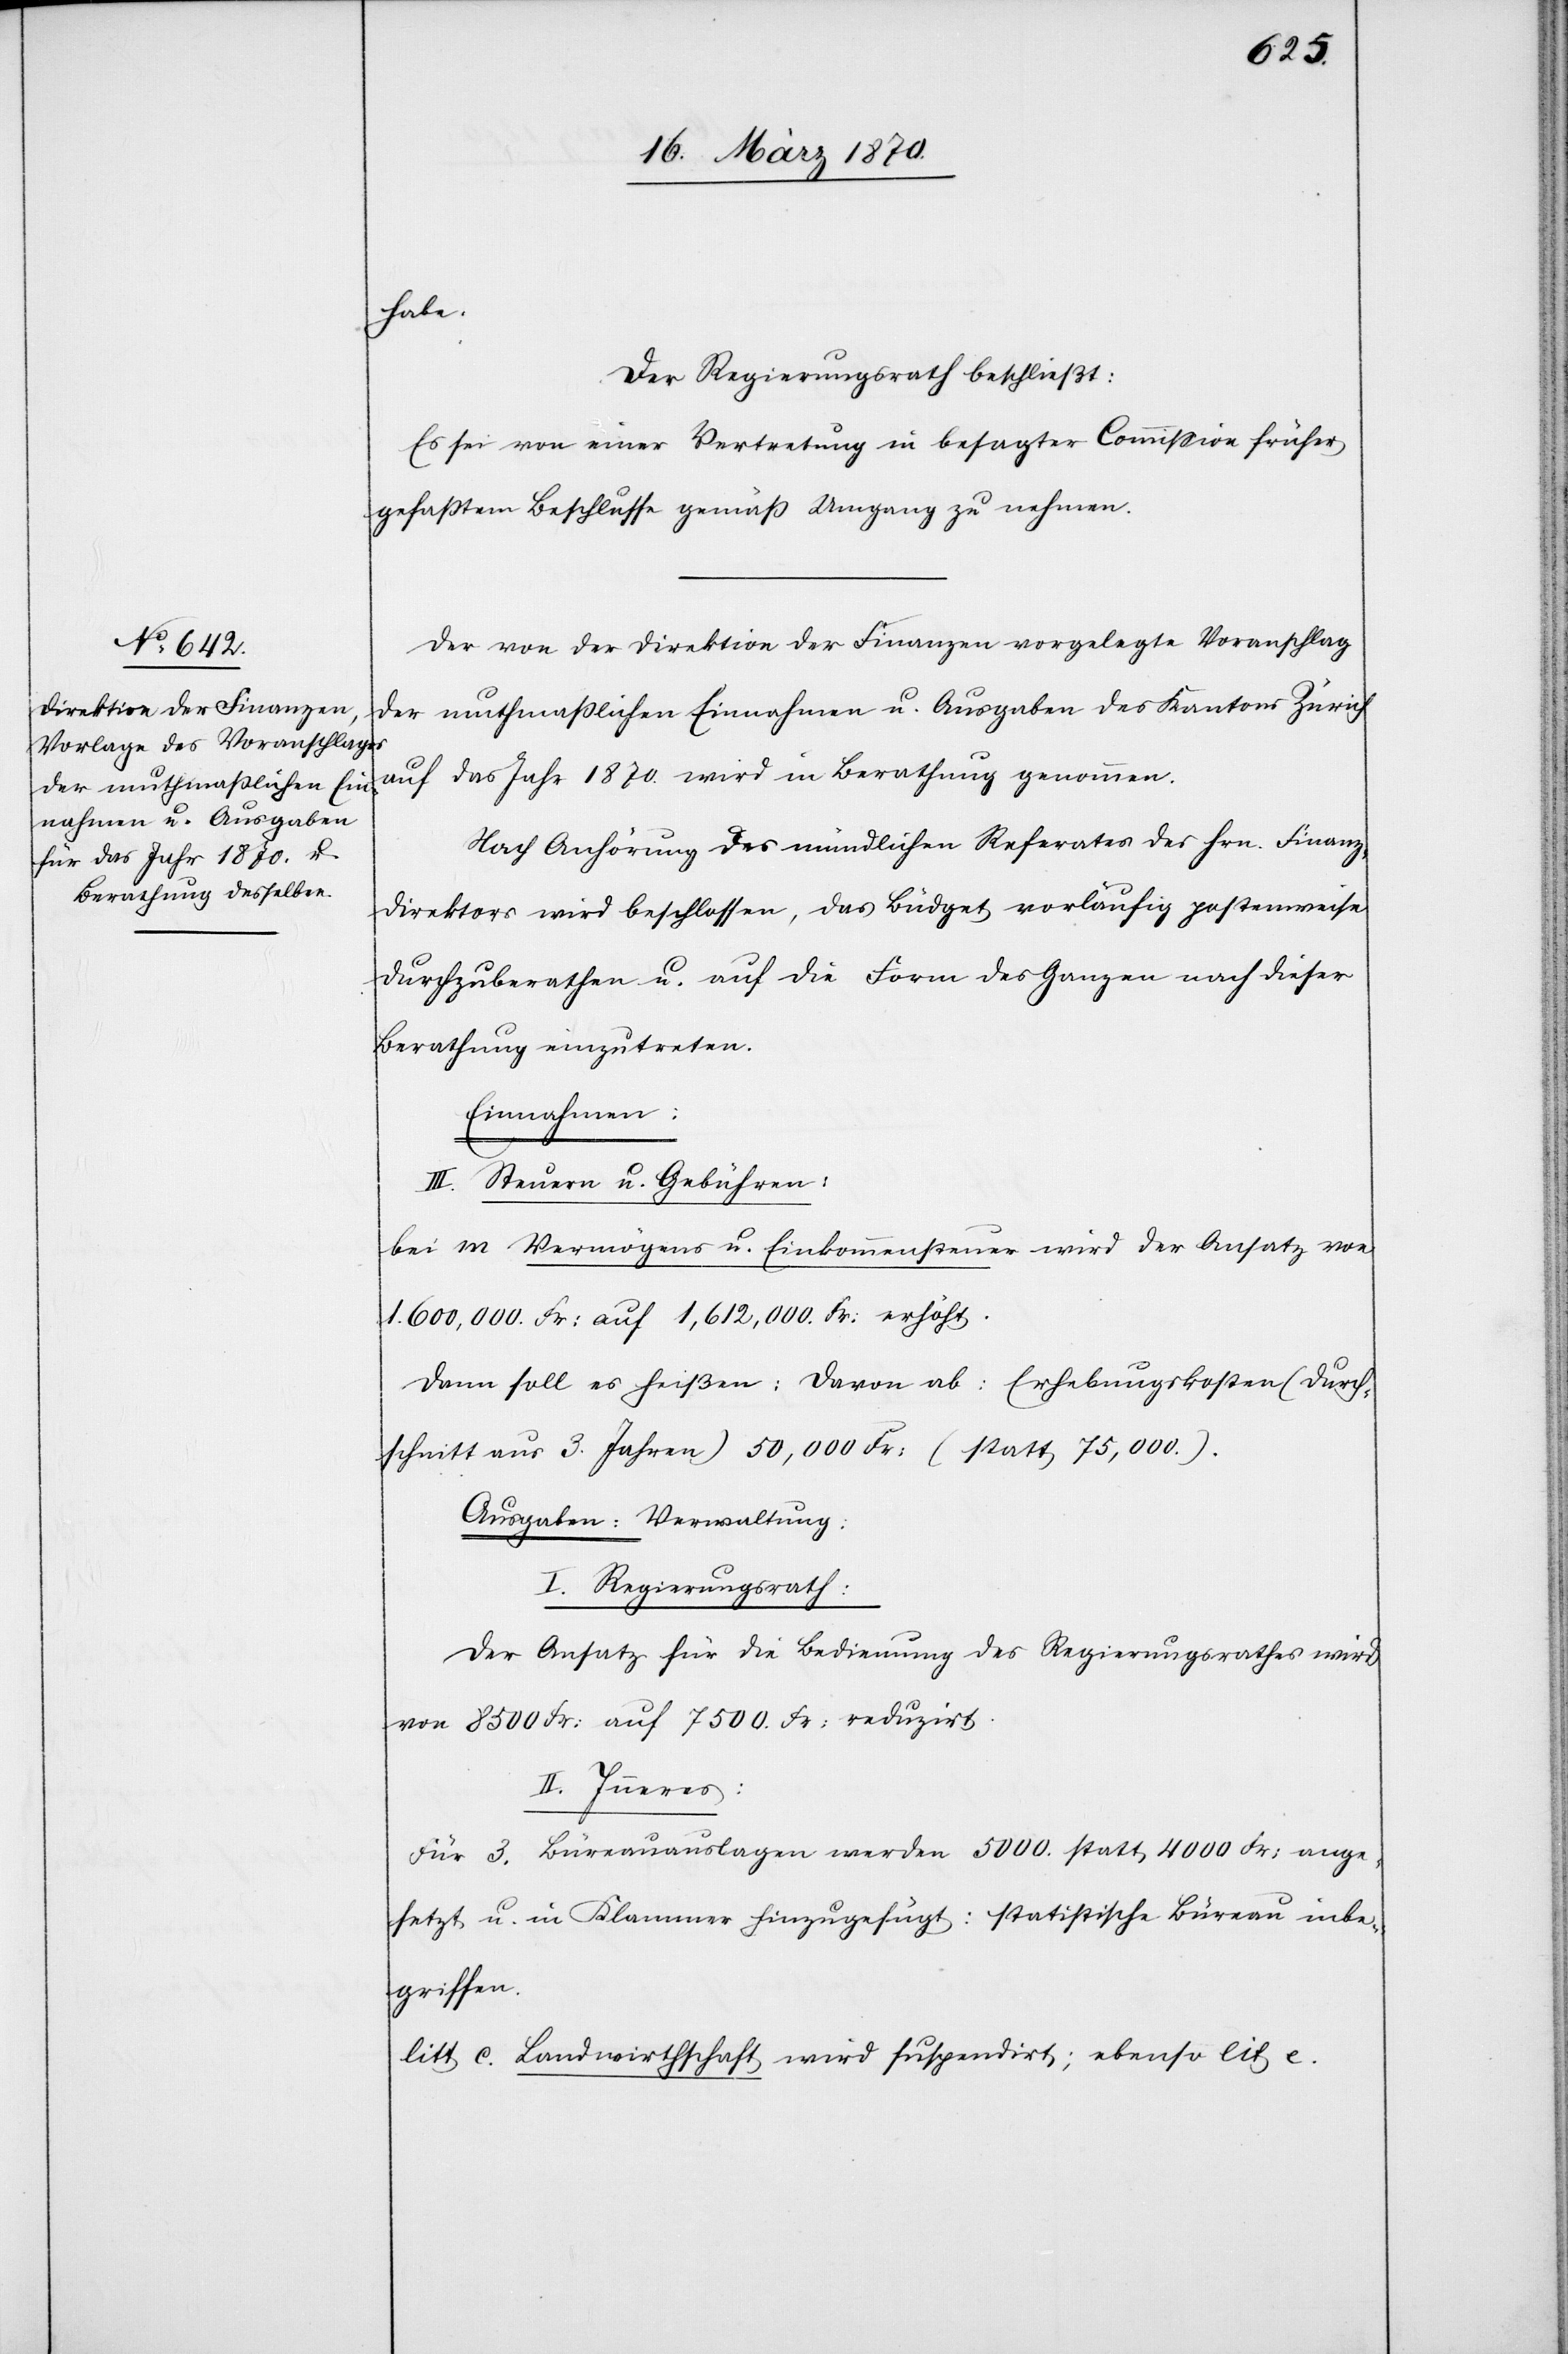
habe.
Der Regierungsrath beschließt:
Es sei von einer Vertretung in besagter Commission früher
gefaßtem Beschlusse gemäß Umgang zu nehmen.
Der von der Direktion der Finanzen vorgelegte Voranschlag
der muthmaßlichen Einnahmen u. Ausgaben des Kantons Zürich
auf das Jahr 1870. wird in Berathung genommen.
Nach Anhörung des mündlichen Referates des Hrn. Finanz¬
direktors wird beschlossen, das Büdget vorläufig postenweise
durchzuberathen u. auf die Form des Ganzen nach dieser
Berathung einzutreten.
Einnahmen:
III. Steuern u. Gebühren:
bei m Vermögens- u. Einkommenssteuer wird der Ansatz von
1.600,000 Fr: auf 1,612,000 Fr: erhöht.
Dann soll es heißen: Davon ab: Erhebungskosten (Durch¬
schnitt aus 3. Jahren) 50,000 Fr: (statt 75,000.).
Ausgaben: Verwaltung:
I. Regierungsrath:
Der Ansatz für die Bedienung des Regierungsrathes wird
von 8500 Fr: auf 7500. Fr: reduzirt.
II. Inneres:
Für 3. Büreauauslagen werden 5000. statt 4000 Fr: ange¬
setzt u. in Klammer hinzugefügt: statistische Büreau inbe¬
griffen.
litt c. Landwirthschaft wird suspendirt; ebenso lit e.